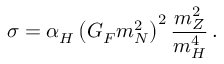
\sigma = \alpha _ { H } \left( G _ { F } m _ { N } ^ { 2 } \right) ^ { 2 } { \frac { m _ { Z } ^ { 2 } } { m _ { H } ^ { 4 } } } \, .